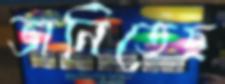
ভানিতেছ